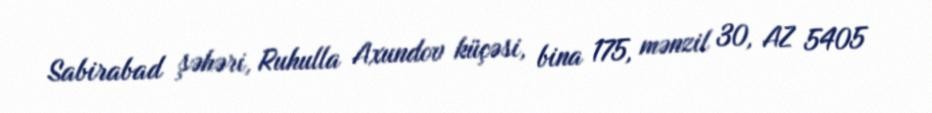
Sabirabad şəhəri, Ruhulla Axundov küçəsi, bina 175, mənzil 30, AZ 5405